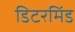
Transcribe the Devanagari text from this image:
डिटरमिंड